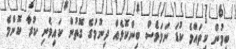
ބިމުން ކިތައްމެ ކުޑަ ނަމަވެސް ބިންކޮޅެއް ދިނުމުގެ ގޮތުން ކައިވެނި ކުރާ ކޮންމެ